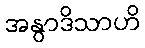
အနွာဒိသာဟိ